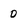
Character: 0